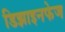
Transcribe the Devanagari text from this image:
डिझाइनफेज